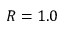
R = 1 . 0